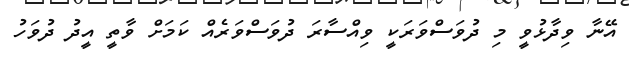
އޭނާ ވިދާޅުވީ މި ދުވަސްވަރަކީ ވިއްސާރަ ދުވަސްވަރެއް ކަމަށް ވާތީ އީދު ދުވަހު